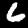
Label: 6